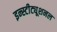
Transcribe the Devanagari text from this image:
इन्स्टीट्यूशनल